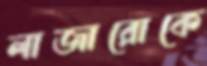
লাজারোকে